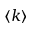
\langle k \rangle